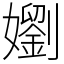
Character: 嬼